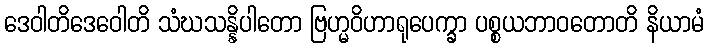
ဒေဝါတိဒေဝေါတိ သံဃသန္နိပါတော ဗြဟ္မဝိဟာရုပေက္ခာ ပစ္စယဘာဝတောတိ နိယာမံ